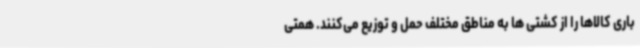
باری کالاها را از کشتی ها به مناطق مختلف حمل و توزیع می‌کنند. همتی